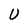
Character: U